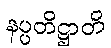
နပ္ပတိဋ္ဌာတိ